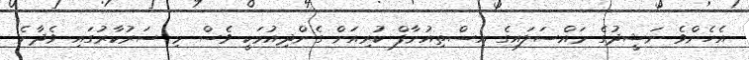
އެހެންވެ ނަޝީދުގެ މައްސަލައިގެ އިސްތިއުނާފް ކުރިއަށް ގެންދިއުމަކީ ވެސް މި ސަރުކާރުގައި ވެދާނެ